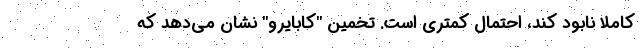
کاملا نابود کند، احتمال کمتری است. تخمین "کابایرو" نشان می‌دهد که